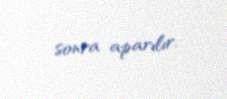
sonra aparılır.